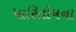
પારિતોષના